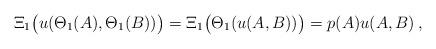
LaTeX: \begin{align*} \Xi_1\big(u(\Theta_1(A),\Theta_1(B))\big) = \Xi_1\big(\Theta_1(u(A,B))\big) = p(A) u(A,B) \,, \end{align*}